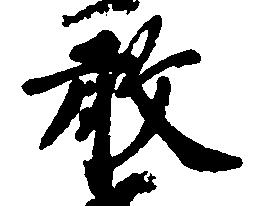
敢